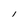
Character: I